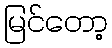
မြင်တော့